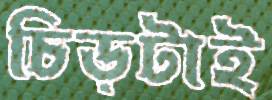
চিড়টাই